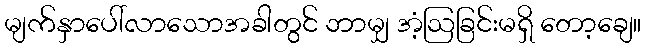
မျက်နှာပေါ်လာသောအခါတွင် ဘာမျှ အံ့ဩခြင်းမရှိ တော့ချေ။